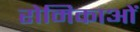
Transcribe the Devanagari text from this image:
रोमिकाओं